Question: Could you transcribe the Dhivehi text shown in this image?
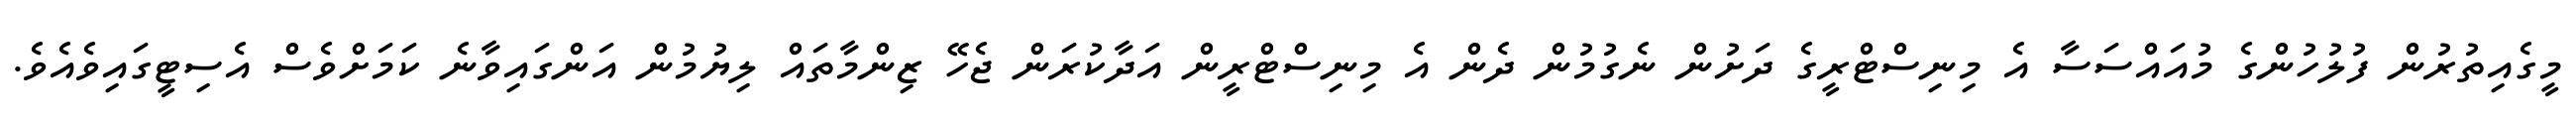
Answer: މީގެއިތުރުން ފުލުހުންގެ މުއައްސަސާ އެ މިނިސްޓްރީގެ ދަށުން ނެގުމުން ދެން އެ މިނިސްޓްރީން އަދާކުރަން ޖެހޭ ޒިންމާތައް ލިޔުމުން އަންގައިވާނެ ކަމަށްވެސް އެސިޓީގައިވެއެވެ.